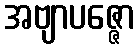
အဗျာပဇ္ဇော